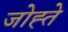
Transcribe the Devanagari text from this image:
जोह्ते